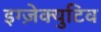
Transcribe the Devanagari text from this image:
इग्ज़ेक्युटिव